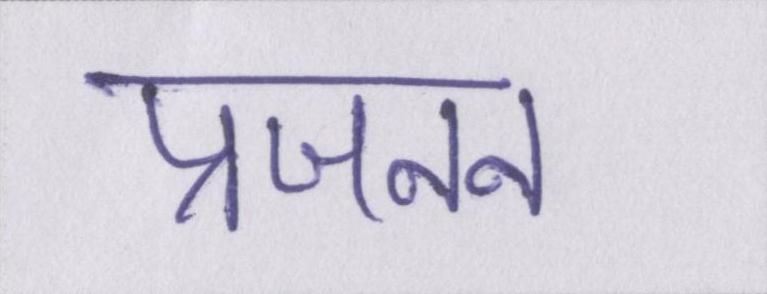
प्रजनन